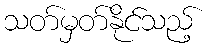
သတ်မှတ်နိုင်သည့်